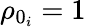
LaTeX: \rho_{0_{i}}=1